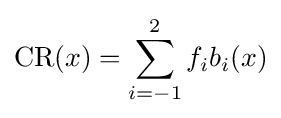
\mathrm {CR} (x)=\sum _{i=-1}^{2}f_{i}b_{i}(x)